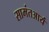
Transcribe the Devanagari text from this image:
सामंतआर्य